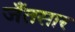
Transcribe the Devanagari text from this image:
जँतसार